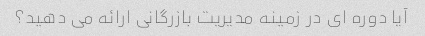
آیا دوره ای در زمینه مدیریت بازرگانی ارائه می دهید؟